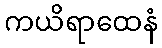
ကယိရာထေနံ